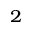
^ { 2 }